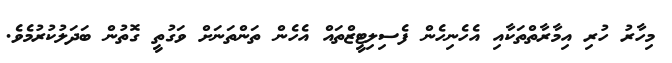
މިހާރު ހުރި އިމާރާތްތަކާއި އެހެނިހެން ފެސިލިޓީޒްތައް އެހެން ތަންތަނަށް ވަގުތީ ގޮތުން ބަދަލުކުރުމެވެ.